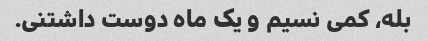
بله، کمی نسیم و یک ماه دوست داشتنی.